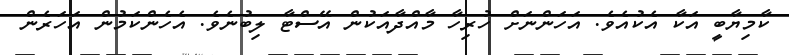
ކާމިޔާބީ އަކާ އެކުއެވެ. އަހަންނަށް ހުރިހާ މާއްދާއަކުން އޭސްޓާ ލިބުނެވެ. އެހެންކަމުން އަހަރެން